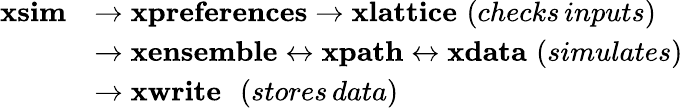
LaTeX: \begin{array}{rl}{\mathbf{xsim}}&{\rightarrow\mathbf{xpreferences}\rightarrow\mathbf{xlattice}\, \, (checks\, inputs)}\\ &{\rightarrow\mathbf{xensemble}\leftrightarrow\mathbf{xpath}\leftrightarrow\mathbf{xdata}\, \, (simulates)}\\ &{\rightarrow\mathbf{xwrite}\, \, \, \, (stores\, data)}\end{array}